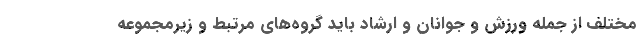
مختلف از جمله ورزش و جوانان و ارشاد باید گروه‌های مرتبط و زیر‌مجموعه